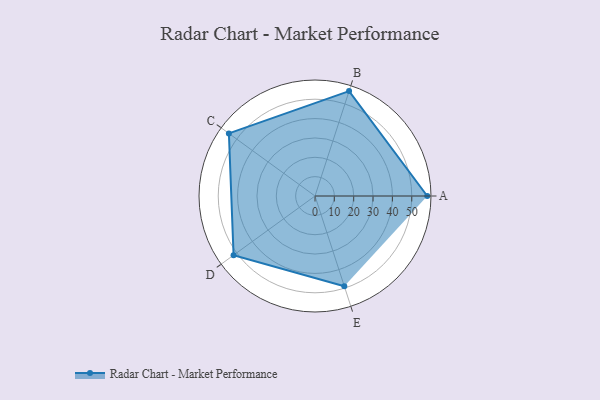
{"axis": {"x": "Skill", "y": "Score"}, "legend": ["Profile"], "data": [{"x": "A", "y": 58.0, "type": "Profile"}, {"x": "B", "y": 57.0, "type": "Profile"}, {"x": "C", "y": 55.0, "type": "Profile"}, {"x": "D", "y": 52.0, "type": "Profile"}, {"x": "E", "y": 49.0, "type": "Profile"}]}